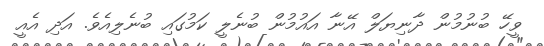
ވީހޭ ބުނުމުން ދާނިޔަލް އޭނާ އައުމުން ބުނެލީ ކަމުގައި ބުނެލިއެވެ. އަދި އެއީ